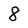
Character: 8